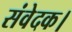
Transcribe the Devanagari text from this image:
संवेदक।